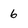
Character: 6